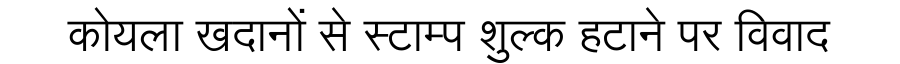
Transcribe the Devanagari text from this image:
कोयला खदानों से स्टाम्प शुल्क हटाने पर विवाद